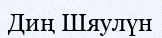
Диң Шяулүн